Lunatic asylums in Bengal annual reports 1888-1898 - 1888-1898
Year: 1888
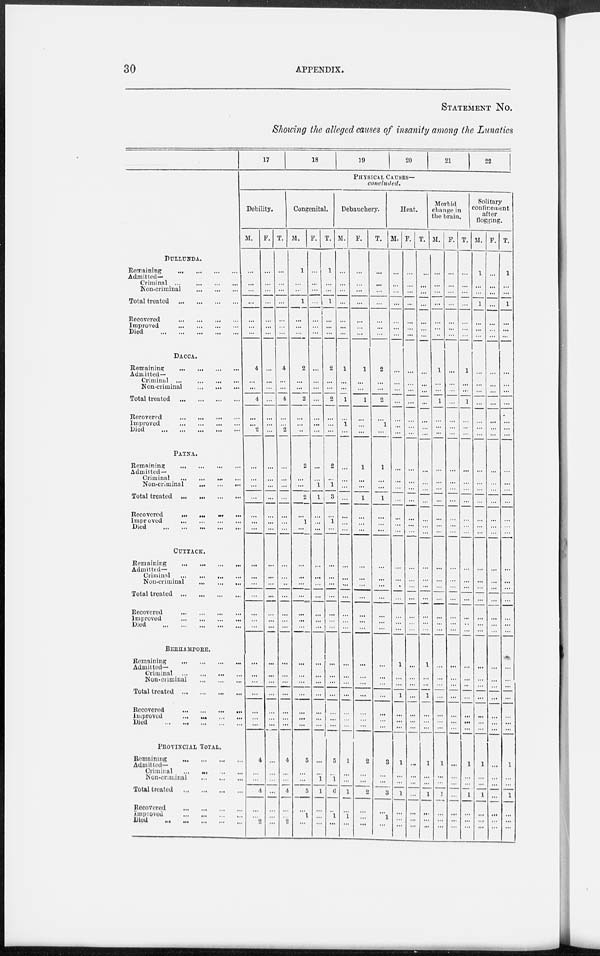
30
APPENDIX.
STATEMENT No.
Showing the alleged causes of insanity among the Lunatics
DULLUNDA.
Remaining
...
...
...
...
Admitted—
Criminal
...
...
...
...
Non-criminal
...
...
...
Total treated
...
...
...
...
Recovered ... ... ... ...
Improved
...
...
...
...
Died
...
...
...
...
...
DACCA.
Remaining
...
...
...
...
Admitted—
Criminal
...
...
...
...
Non-criminal
...
...
...
Total treated
...
...
...
...
Recovered
...
...
...
...
Improved
...
...
...
...
Died
... ... ... ... ...
PATNA.
Remaining
...
...
...
...
Admitted—
Criminal
...
...
...
...
Non-criminal
...
...
...
Total treated ...
...
...
...
Recovered
...
...
...
...
Improved
...
...
...
...
Died
...
...
...
...
...
CUTTACK.
Remaining
...
...
...
...
Admitted—
Criminal
...
...
...
...
Non-criminal
...
...
...
Total treated
...
...
...
...
Recovered
...
...
...
...
Improved
...
...
...
...
Died
...
...
...
...
...
BERHAMPORE.
Remaining
...
...
...
...
Admitted—
Criminal
...
...
...
...
Non-criminal
...
...
...
Total treated
...
...
...
...
Recovered ... ... ... ... ...
Improved
...
...
...
...
Died
...
...
...
...
...
PROVINCIAL TOTAL.
Remaining
...
...
... ...
Admitted—
Criminal
...
...
...
...
Non-criminal
...
...
...
Total treated
...
...
...
...
Recovered
...
...
...
...
Improved
...
...
...
...
Died
...
...
...
...
...
17
18
19
20
21 22
PHYSICAL CAUSES—
concluded.
Debility.
M.
...
...
...
...
...
...
...
4
...
...
4
...
...
2
...
...
...
...
...
...
...
...
...
...
...
...
...
...
...
...
...
...
...
...
...
4
...
...
4
...
...
2
F.
...
...
...
...
...
...
...
...
...
...
...
...
...
...
...
...
...
...
...
...
...
...
...
...
...
...
...
...
...
...
...
...
...
...
...
...
...
...
...
...
...
...
T.
...
...
...
...
...
...
...
4
...
...
4
...
...
2
...
...
...
...
...
...
...
...
...
...
...
...
...
...
...
...
...
...
...
...
...
4
...
...
4
...
...
2
Congenital.
M.
1
...
...
1
...
...
...
2
...
...
2
...
...
...
2
...
...
2
...
1
...
...
...
...
...
...
...
...
...
...
...
...
...
...
...
5
...
...
5
...
1
...
F.
...
...
...
...
...
...
...
...
...
...
...
...
...
...
...
...
1
1
...
...
...
...
...
...
...
...
...
...
...
...
...
...
...
...
...
...
...
1
1
...
...
...
T.
1
...
...
1
...
...
...
2
...
...
2
...
...
...
2
...
1
3
...
1
...
...
...
...
...
...
...
...
...
...
...
...
...
...
...
5
...
1
6
...
1
...
Debauchery.
M.
...
...
...
...
...
...
...
1
...
...
1
...
1
...
...
...
...
...
...
...
...
...
...
...
...
...
...
...
...
...
...
...
...
...
...
1
...
...
1
...
1
...
F.
...
...
...
...
...
...
...
1
...
...
1
...
...
...
1
...
...
1
...
...
...
...
...
...
...
...
...
...
...
...
...
...
...
...
...
2
...
...
2
...
...
...
T.
...
...
...
...
...
...
...
2
...
...
2
...
1
...
1
...
...
1
...
...
...
...
...
...
...
...
...
...
...
...
...
...
...
...
...
3
...
...
3
...
1
...
Heat.
M.
...
...
...
...
...
...
...
...
...
...
...
...
...
...
...
...
...
...
...
...
...
...
...
...
...
...
...
...
1
...
...
1
...
...
...
1
...
...
1
...
...
...
F.
...
...
...
...
...
...
...
...
...
...
...
...
...
...
...
...
...
...
...
...
...
...
...
...
...
...
...
...
...
...
...
...
...
...
...
...
...
...
...
...
...
...
T.
...
...
...
...
...
...
...
...
...
...
...
...
...
...
...
...
...
...
...
...
...
...
...
...
...
...
...
...
1
...
...
1
...
...
...
1
...
...
1
...
...
...
Morbid
change in
the brain.
M.
...
...
...
...
...
...
...
1
...
...
1
...
...
...
...
...
...
...
...
...
...
...
...
...
...
...
...
...
...
...
...
...
...
...
...
1
...
...
1
...
...
...
F.
..
...
...
...
...
...
...
...
...
...
...
...
...
...
...
...
...
...
...
...
...
...
...
...
...
...
...
...
...
...
...
...
...
...
...
...
...
...
...
...
...
...
T.
...
...
...
...
...
...
...
1
...
...
1
...
...
...
...
...
...
...
...
...
...
...
...
...
...
...
...
...
...
...
...
...
...
...
...
1
...
...
1
...
...
...
Solitary
confinement
after
flogging.
M.
1
...
...
1
...
...
...
...
...
...
...
...
...
...
...
...
...
...
...
...
...
...
...
...
...
...
...
...
...
...
...
...
...
...
...
1
...
...
1
...
...
...
F.
...
...
...
...
...
...
...
...
...
...
...
...
...
...
...
...
...
...
...
...
...
...
...
...
...
...
...
...
...
...
...
...
...
...
...
...
...
...
...
...
...
...
T.
1
...
...
1
...
...
...
...
...
...
...
...
...
...
...
...
...
...
...
...
...
...
...
...
...
...
...
...
...
...
...
...
...
...
...
1
...
...
1
...
...
...